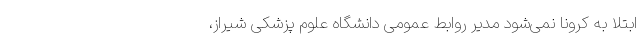
ابتلا به کرونا نمی‌شود مدیر روابط عمومی دانشگاه علوم پزشکی شیراز،